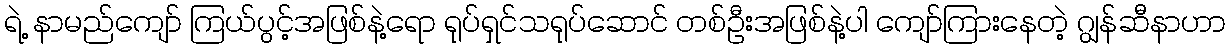
ရဲ့ နာမည်ကျော် ကြယ်ပွင့်အဖြစ်နဲ့ရော ရုပ်ရှင်သရုပ်ဆောင် တစ်ဦးအဖြစ်နဲ့ပါ ကျော်ကြားနေတဲ့ ဂျွန်ဆီနာဟာ